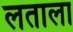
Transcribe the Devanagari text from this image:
लताला